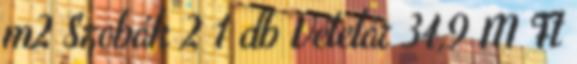
m2 Szobák 2 1 db Vételár 34,9 M Ft